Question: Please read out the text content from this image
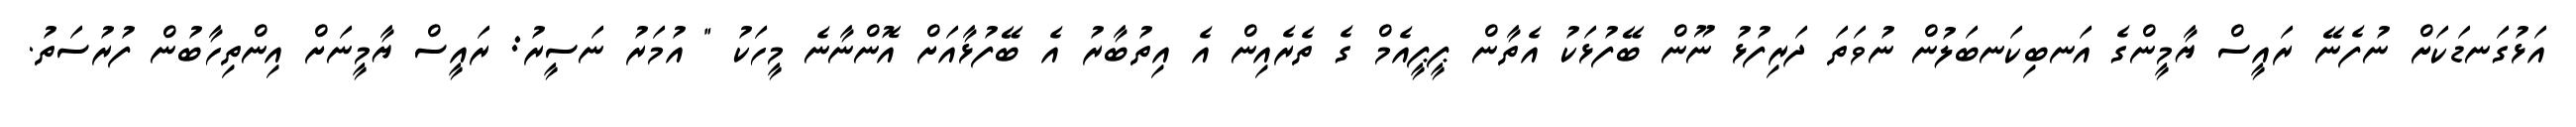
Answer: އަޅުގަނޑަކަށް ނުފެނޭ ރައީސް ޔާމީންގެ އަނބިކަނބަލުން ނުވަތަ ދަރިފުޅު ނޫން ބޭފުޅަކު އެތާން ޕީޕީއެމް ގެ ތެރެއިން އެ އިތުބާރު އެ ބޭފުޅާއަށް އޮންނާނެ މީހަކު " އުމަރު ނަސީރު: ރައީސް ޔާމީނަށް އިންތިހާބުން ފުރުސަތު.